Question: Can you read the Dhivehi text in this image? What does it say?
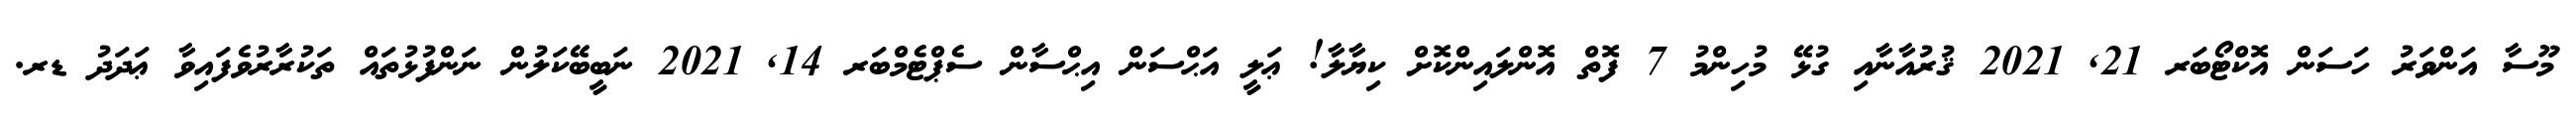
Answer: މޫސާ އަންވަރު ހަސަން އޮކްޓޯބަރ 21, 2021 ޤުރުއާނާއި ގުޅޭ މުހިންމު 7 ފޮތް އޮންލައިންކޮށް ކިޔާލާ! ޢަލީ އަޙްސަން އިޙްސާން ސެޕްޓެމްބަރ 14, 2021 ނަބީބޭކަލުން ނަންފުޅުތައް ތަކުރާރުވެފައިވާ ޢަދަދު ޑރ.